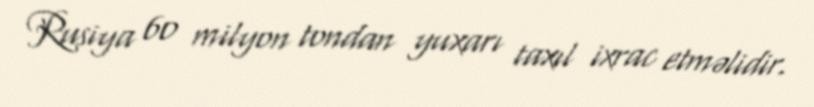
Rusiya 60 milyon tondan yuxarı taxıl ixrac etməlidir.